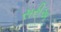
સરીઅ